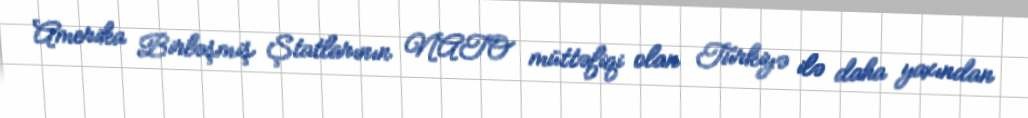
Amerika Birləşmiş Ştatlarının NATO müttəfiqi olan Türkiyə ilə daha yaxından